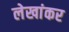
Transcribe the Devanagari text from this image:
लेखांकर